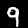
Digit: 9